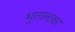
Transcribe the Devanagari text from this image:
भुतलावर